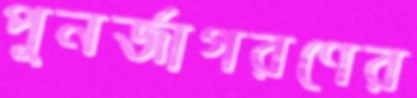
পুনর্জাগরণের